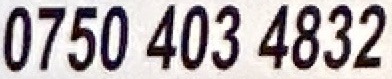
0750 403 4832